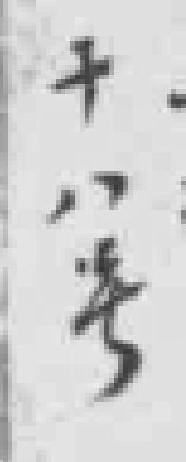
十八號